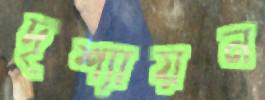
দৃশ্যায়ন